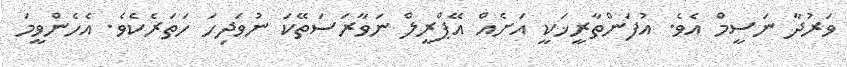
ވަރުދާ ނަސީމް އެވެ. އުފަންތާރީޚަކީ އަށެއް އޭޕްރީލް ނަވާރަސަތޭކަ ނުވަދިހަ ހަތަރެކެވެ. އެހެންވީމަ